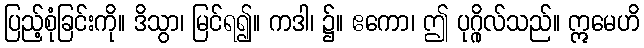
ပြည့်စုံခြင်းကို။ ဒိသွာ၊ မြင်ရ၍။ ကဒါ၊ ၌။ ဧကော၊ ဤ ပုဂ္ဂိုလ်သည်။ ဣမေဟိ